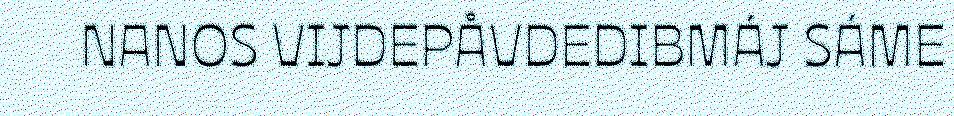
NANOS VIJDEPÅVDEDIBMÁJ SÁME